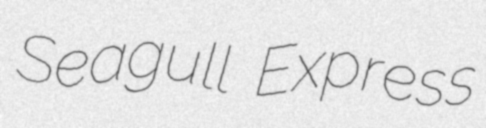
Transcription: Seagull Express